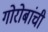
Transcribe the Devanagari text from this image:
गोरोबांची